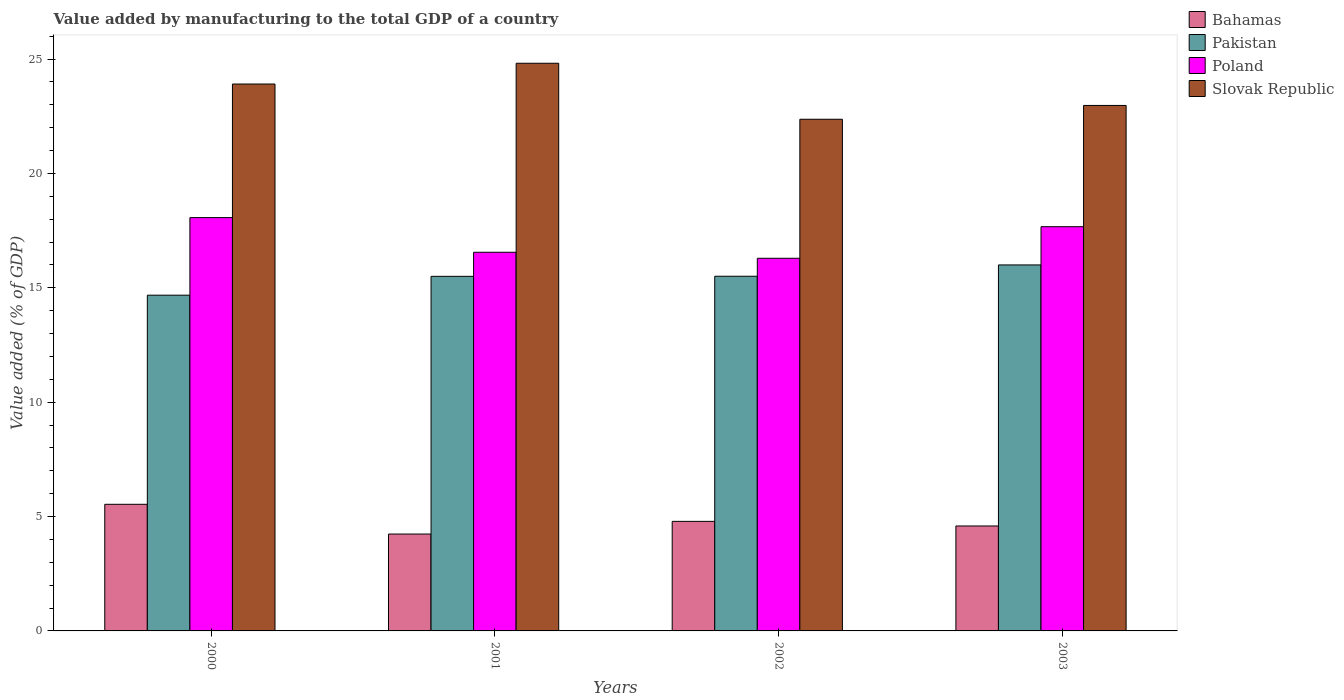
| Years | Bahamas | Pakistan | Poland | Slovak Republic |
 | --- | --- | --- | --- | --- |
 | 2000 | 5.54 | 14.7 | 18.1 | 23.9 |
 | 2001 | 4.24 | 15.5 | 16.6 | 24.8 |
 | 2002 | 4.79 | 15.5 | 16.3 | 22.4 |
 | 2003 | 4.59 | 16 | 17.7 | 23 |